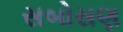
સબોસણ